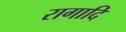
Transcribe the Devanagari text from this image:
रागादि